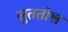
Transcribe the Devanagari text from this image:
सुततील